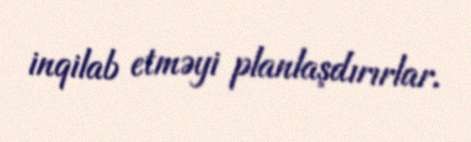
inqilab etməyi planlaşdırırlar.